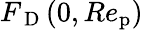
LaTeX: {F_{\mathrm{~D~}}}(0,Re_{\mathrm{p}})